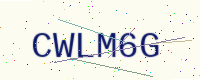
Text: CWLM6G